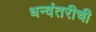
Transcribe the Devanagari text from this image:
धन्वंतरीची